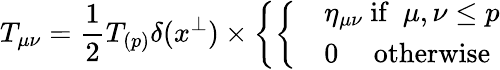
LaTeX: T_{\mu\nu}={\frac{1}{2}}T_{(p)}\delta(x^{\perp})\times\left\{ \left\{ \begin{array}{ll}{{}}&{{\eta_{\mu\nu}\ \mathrm{if}\ \ \mu,\nu\leq p}}\\ {{}}&{{0\ \ \ \ \ \mathrm{otherwise}}}\end{array}\right.\right.